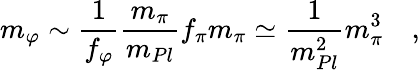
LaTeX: m_{\varphi}\sim\frac 1{f_{\varphi}}\frac{m_{\pi}}{m_{Pl}}f_{\pi}m_{\pi}\simeq\frac 1{m_{Pl}^{2}}m_{\pi}^{3}\quad,